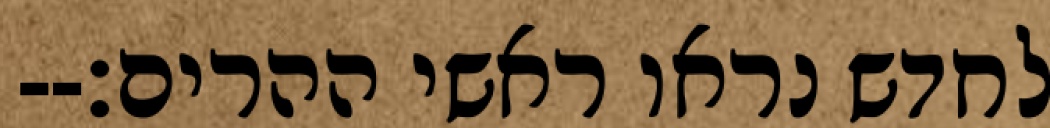
לחדש נראו ראשי ההרים׃--